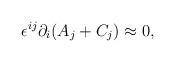
LaTeX: \begin{align*}\epsilon^{ij}\partial_i(A_j+C_j)\approx 0,\end{align*}